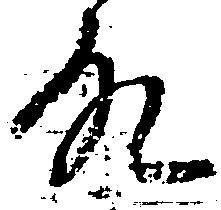
故